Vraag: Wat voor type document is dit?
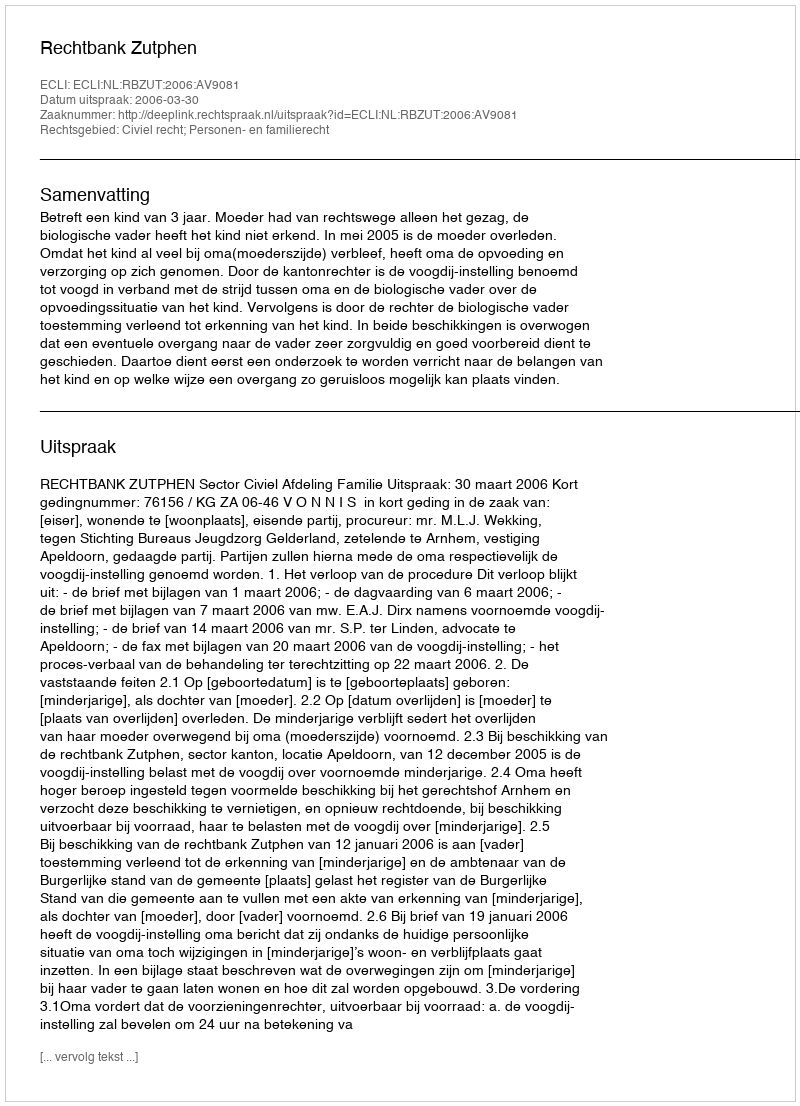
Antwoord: Uitspraak